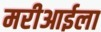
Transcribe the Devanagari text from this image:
मरीआईला